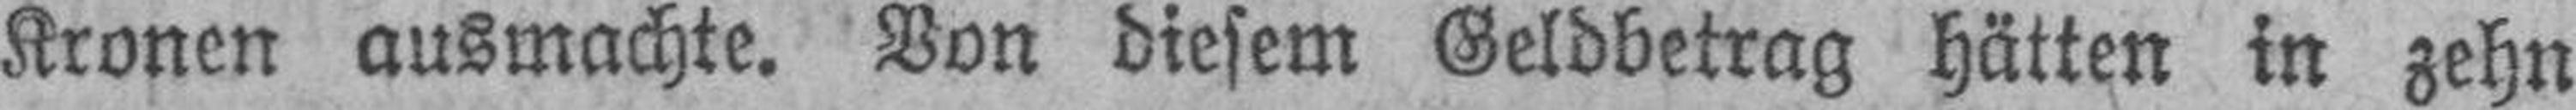
Kronen ausmachte. Von diesem Geldbetrag hätten in zehn